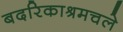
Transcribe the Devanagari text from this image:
बदरिकाश्रमचले